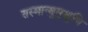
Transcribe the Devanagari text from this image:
तस्मान्मुमुक्षुभि